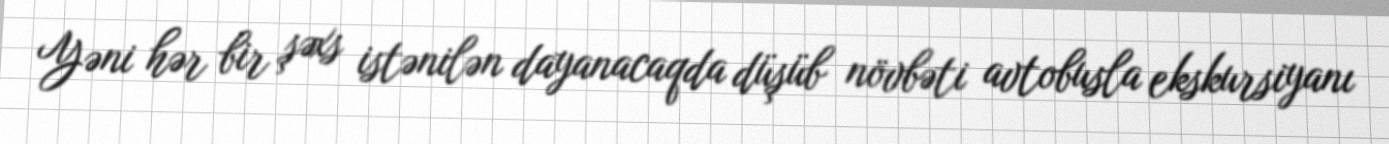
Yəni hər bir şəxs istənilən dayanacaqda düşüb növbəti avtobusla ekskursiyanı